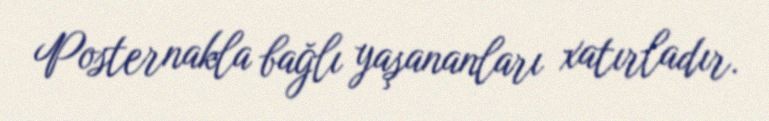
Posternakla bağlı yaşananları xatırladır.